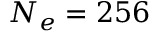
N _ { e } = 2 5 6